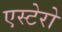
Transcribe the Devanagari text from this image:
एस्टेरो